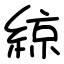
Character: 綡